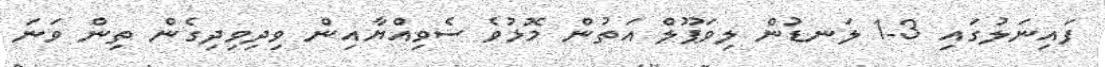
ފައިނަލުގައި 3-1 ލަނޑުން ލިވަޕޫލް އަތުން މޮޅުވެ ސެވިއްޔާއިން ވިދިވިދިގެން ތިން ވަނަ